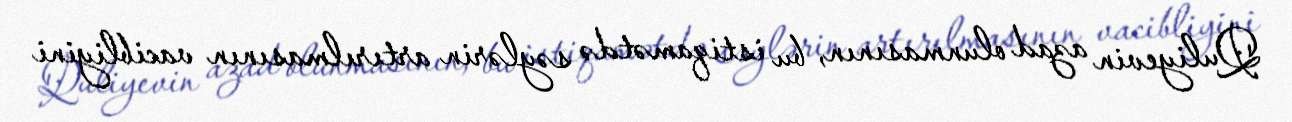
Quliyevin azad olunmasının, bu istiqamətdə səylərin artırılmasının vacibliyini